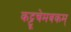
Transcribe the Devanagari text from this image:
कट्टूचेमबकम्